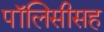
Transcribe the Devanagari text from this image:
पॉलिसीसह